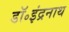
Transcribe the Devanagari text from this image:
डॉ॰इंद्रनाथ